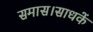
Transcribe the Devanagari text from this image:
समास।साधकें